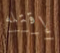
إقتله